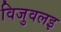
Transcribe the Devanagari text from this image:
विजुवलइ